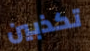
تكذبين